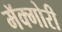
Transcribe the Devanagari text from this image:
मॅक्गोरी